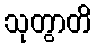
သုတွာတိ